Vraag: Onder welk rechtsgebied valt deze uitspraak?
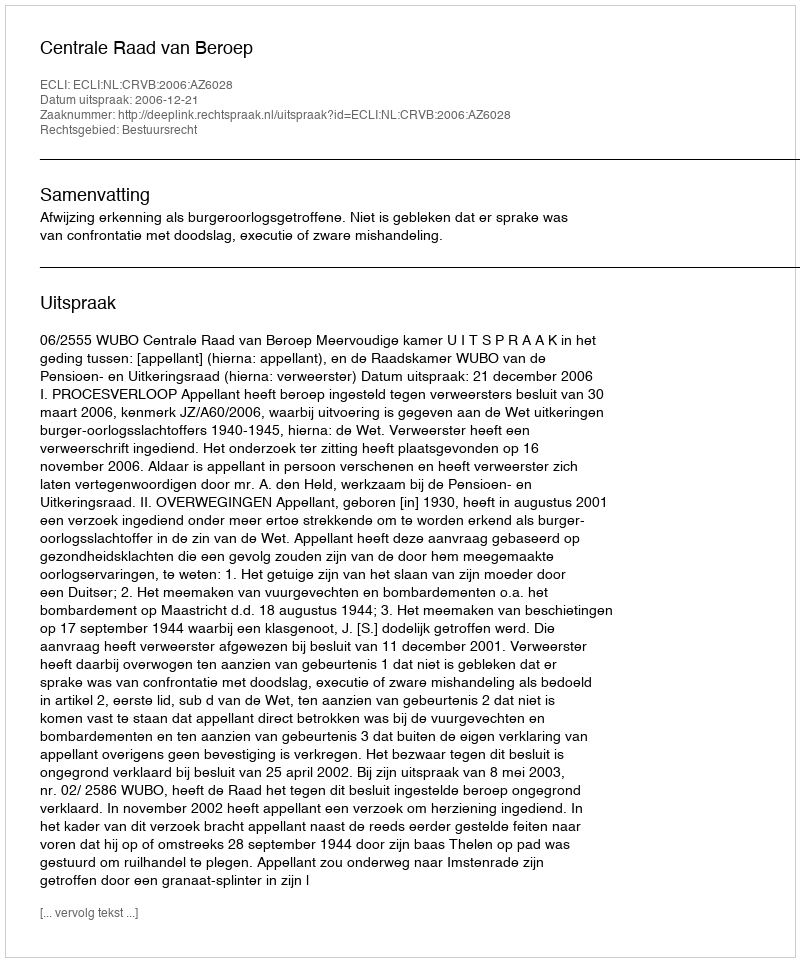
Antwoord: Bestuursrecht